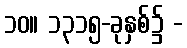
၁၀။ ၁၃၁၅-ခုနှစ်၌ -